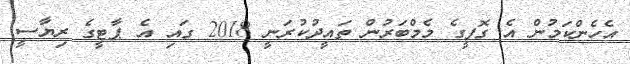
އެހެންކަމުން އެ ގޮފީގެ މެމްބަރުންް ތައީދުކުރަނީ 2018 ގައި އެ ޕާޓީގެ ރިޔާސީ